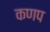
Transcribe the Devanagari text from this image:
कणप